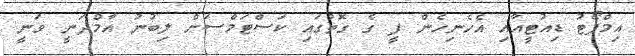
އިމްޕޯޓު ޑިއުޓީއާއި އެހެނިހެން ފީ ގެ ގޮތުގައި ކަސްޓަމްސަށް ލިބުނު އާމްދަނީ ވަނީ